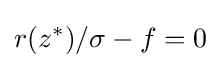
r(z^{*})/\sigma -f=0